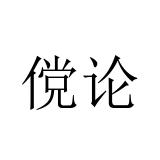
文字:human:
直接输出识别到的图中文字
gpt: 傥论